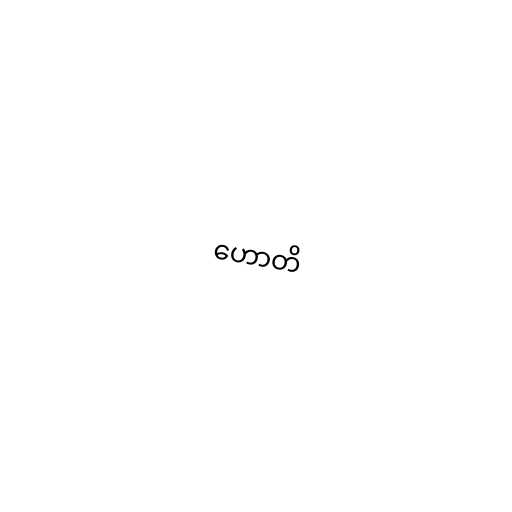
ဟောတိ